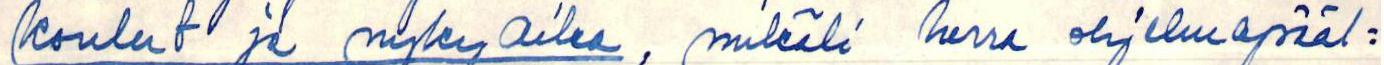
koulut ja nykyaika, mikäli herra ohjelmapääl=